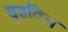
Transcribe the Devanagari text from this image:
वुडविल